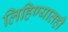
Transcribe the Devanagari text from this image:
लिहिण्यातही